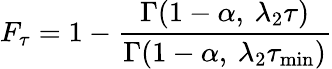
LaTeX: F_{\tau}=1-\frac{\Gamma(1-\alpha,\: \lambda_{2}\tau)}{\Gamma(1-\alpha,\: \lambda_{2}\tau_{\mathrm{min}})}